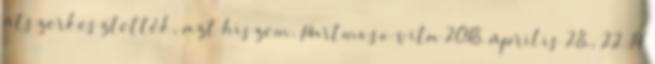
átszerkesztették, azt hiszem. Partmoso vita 2018. április 28., 22:14